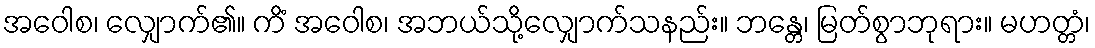
အဝေါစ၊ လျှောက်၏။ ကိံ အဝေါစ၊ အဘယ်သို့လျှောက်သနည်း။ ဘန္တေ၊ မြတ်စွာဘုရား။ မဟတ္တံ၊